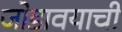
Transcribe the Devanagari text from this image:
जोडावयाची